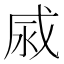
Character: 𢦹